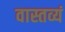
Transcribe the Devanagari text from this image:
वास्तव्यं